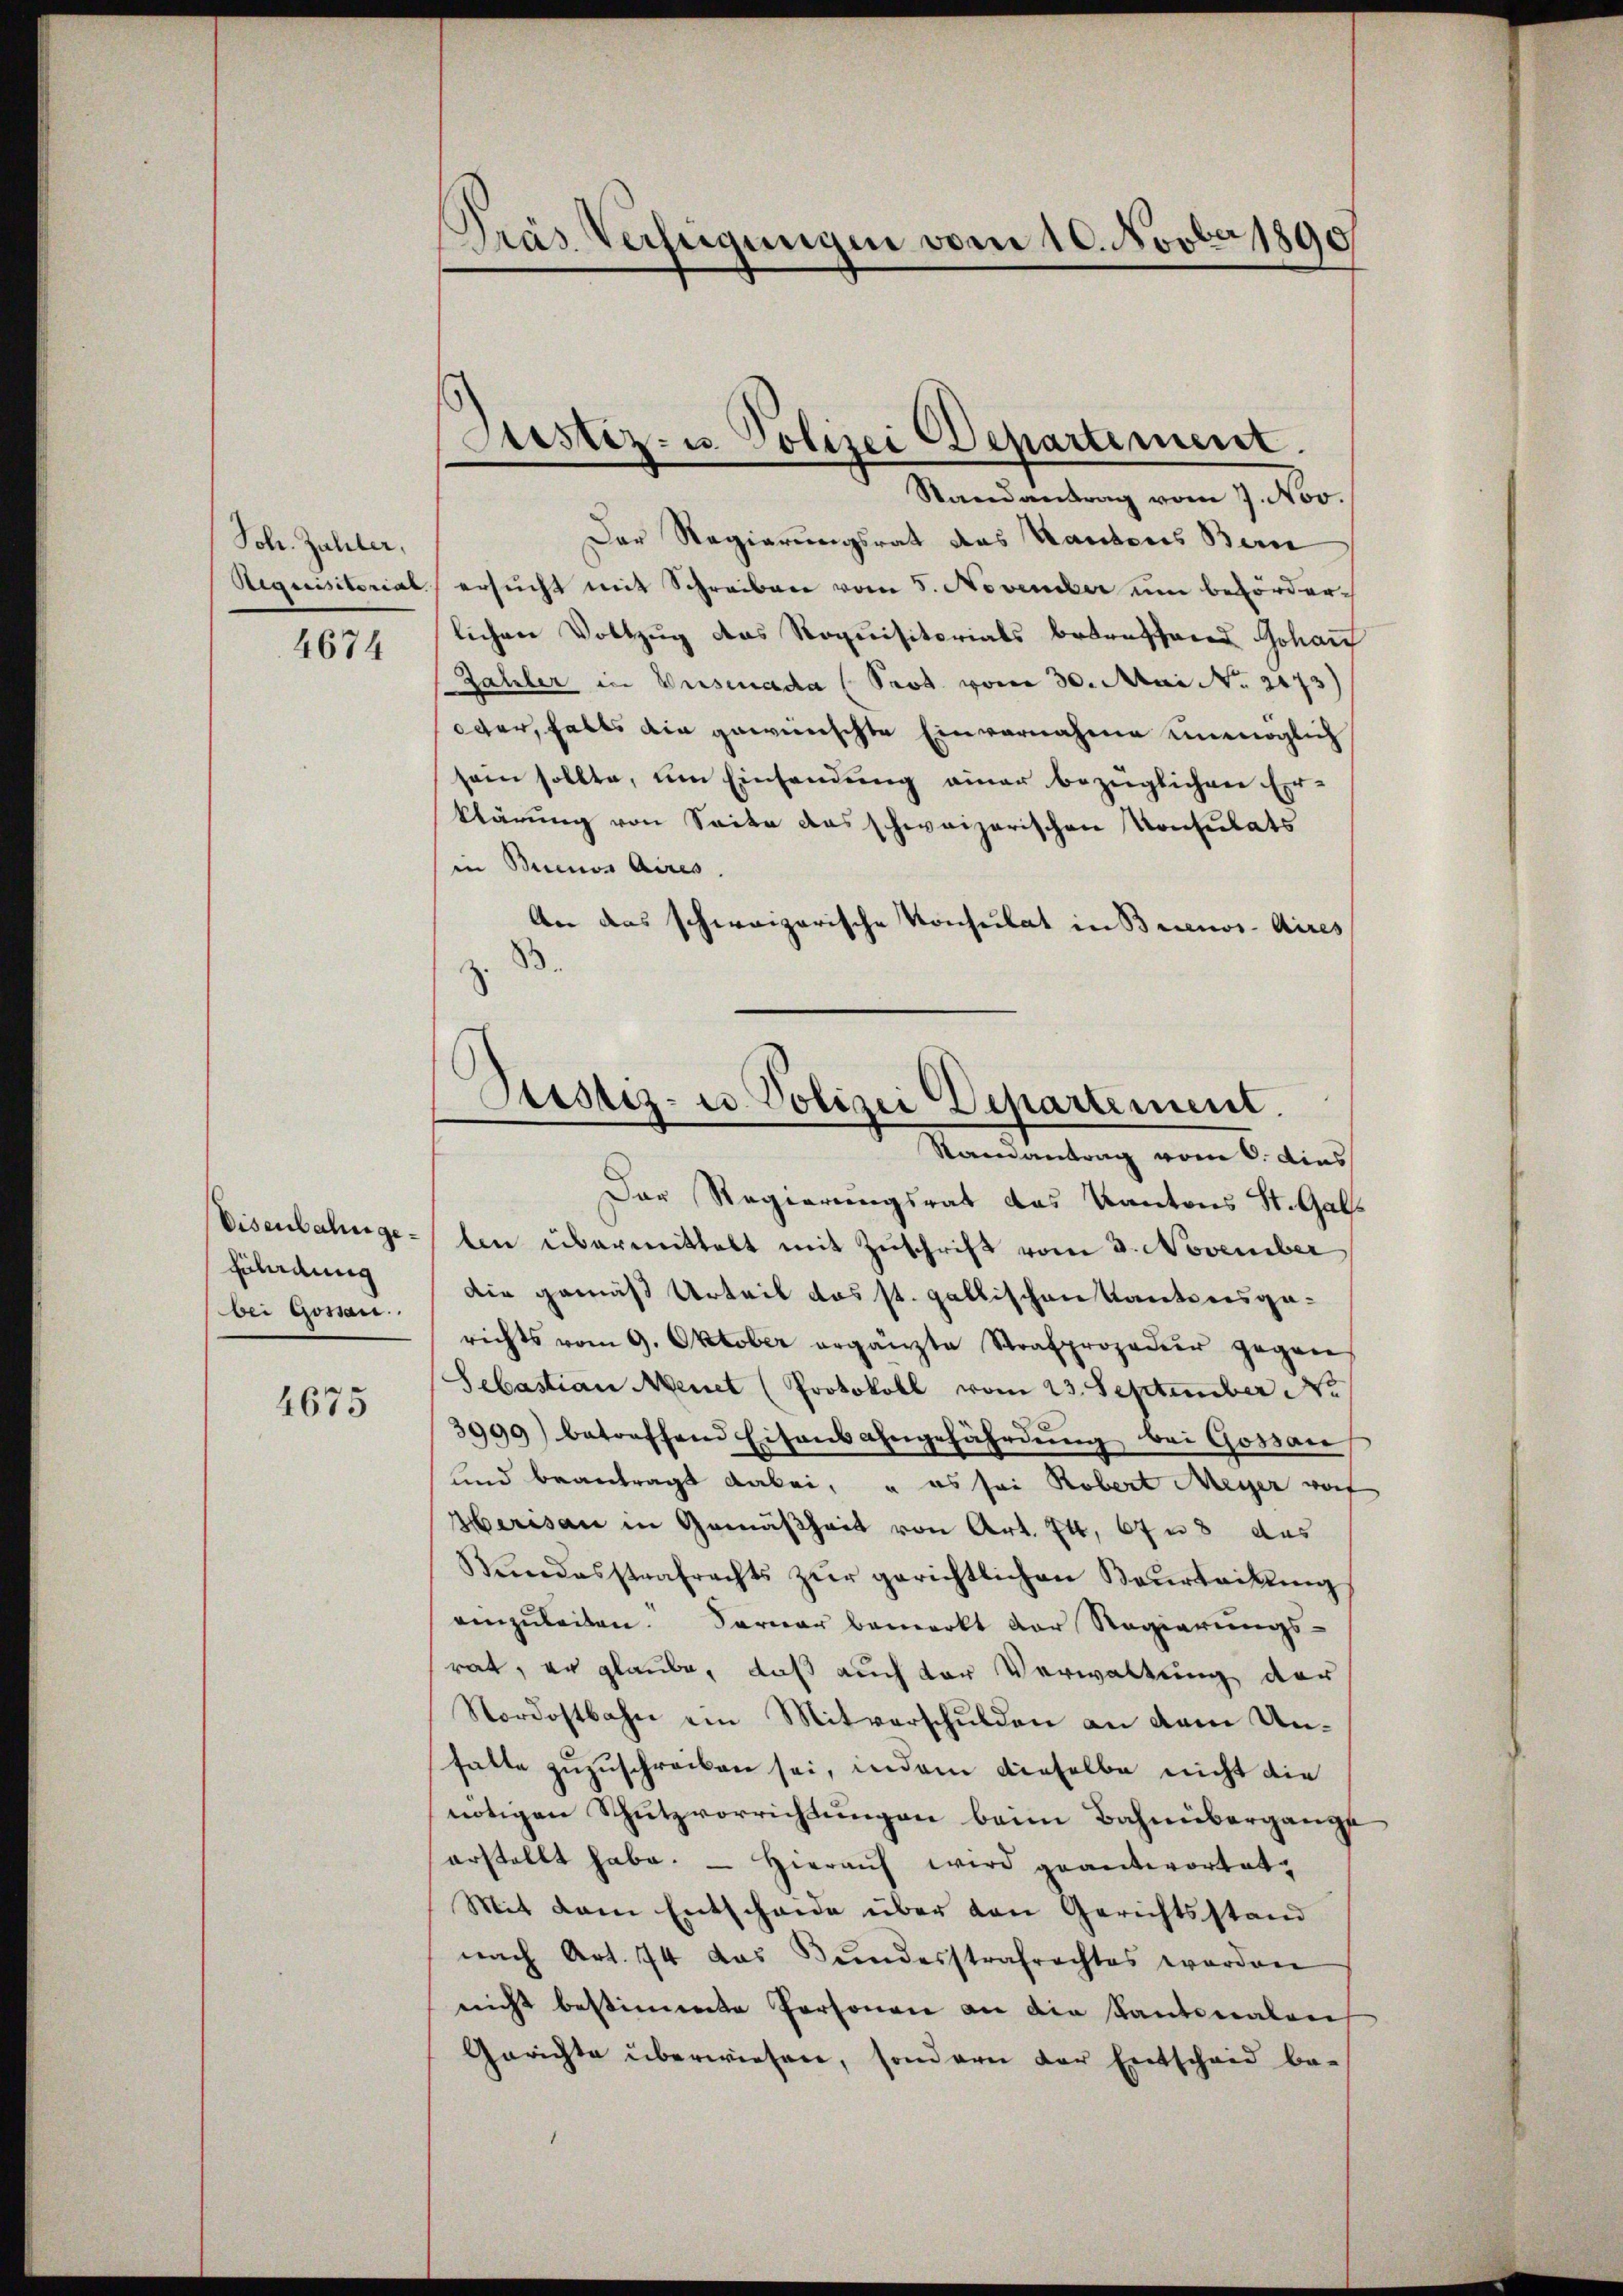
Joh. Zahler,
4674

Disenbahnge¬
Füladung
bei Gossan

4675

Dräs Verfügungen vom 10. Novber 1890

Randantrag vom 7. Nov.
Der Regierungsrat des Kantons Bern
Requisitorial, ersucht mit Schreiben vom 5. November um Behörderlichen Vollzug das Noquisitorials betreffend Johan
Jahler in Weisenada (Prot vom 30. Mai No 2173)
oder, falls die gewünschte Einvernahme unmöglich
sein sollte, um Einsendung einer bezüglichen Er-
klärung von Seite das schweizerischen Konsulats
in Buenos Aires.
An das schweizerische Konsulat in Brienos-Aires
.
z.

Justiz- u. Polizei Departement.

Pustiz- u Polizei Departement.
Samantrag vom 6. dies

Der Regierungsrat das Kantons St. Gallen übermittelt mit Zuschrift vom 3. November
Die gemäß Urteil das st. gallischen Kantonsgerichts vom 9. Oktober ergänzte Strafprozedur gegen
Sebastian Menet (Protokoll vom 23. September No
3999) betreffend Eisens angefährdung bei Gossau
lnd beantragt dabei, u es sei Robert Meyer vot
Herisau in Gemäßheit von Art. 74, 67 n 8 das
Bundesstrafrechts zŭr gerichtlichen Beurteilŭng
einzuleiten. Ferner bemerkt der Regierungs-
rat, er glaube, daß auch der Verwaltung der
Nordostbahn ein Mitverschulden an dem Unhalte zuzuschreiben sei, indem dieselbe nicht die
nötigen Schutzvorrichtungen beim Bahnübergange
erstellt habe. - Hieraŭf wird geantwortet,
Mit dem Entscheide über den Gerichtsstand
nach Art. 74 das Bŭndesstrafrechtes worden
nicht bestimmte Personen an die Kantonalen
Gerichte überwiesen, sondern der Entscheid be-